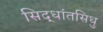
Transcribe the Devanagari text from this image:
सिद्धांतसिधु